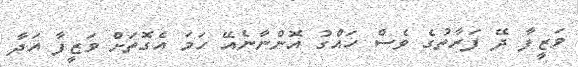
ވަޒީފާ ދޭ ފަރާތުގެ ވެސް ހައްގު އޮންނާނެއޭ ހަމަ އެގޮތަށް ވަޒީފާ އަދާ